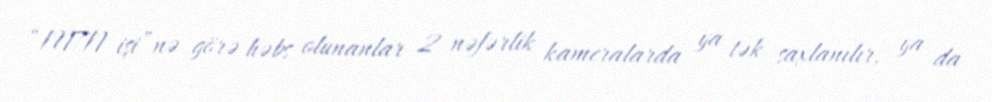
“MTN işi”nə görə həbs olunanlar 2 nəfərlik kameralarda ya tək saxlanılır, ya da